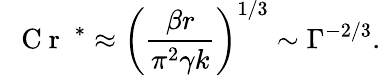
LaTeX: \mathrm{~\textit~{~C~r~}~}^{*}\approx\left(\frac{\beta r}{\pi^{2}\gamma k}\right)^{1/3}\sim\Gamma^{-2/3}.